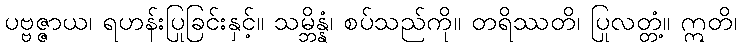
ပဗ္ဗဇ္ဇာယ၊ ရဟန်းပြုခြင်းနှင့်။ သမ္ဘိန္နံ၊ စပ်သည်ကို။ တရိဿတိ၊ ပြုလတ္တံ့။ ဣတိ၊